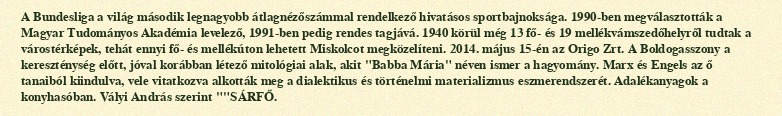
A Bundesliga a világ második legnagyobb átlagnézőszámmal rendelkező hivatásos sportbajnoksága. 1990-ben megválasztották a Magyar Tudományos Akadémia levelező, 1991-ben pedig rendes tagjává. 1940 körül még 13 fő- és 19 mellékvámszedőhelyről tudtak a várostérképek, tehát ennyi fő- és mellékúton lehetett Miskolcot megközelíteni. 2014. május 15-én az Origo Zrt. A Boldogasszony a kereszténység előtt, jóval korábban létező mitológiai alak, akit "Babba Mária" néven ismer a hagyomány. Marx és Engels az ő tanaiból kiindulva, vele vitatkozva alkották meg a dialektikus és történelmi materializmus eszmerendszerét. Adalékanyagok a konyhasóban. Vályi András szerint ""SÁRFŐ.